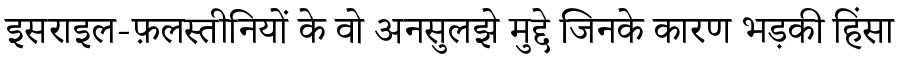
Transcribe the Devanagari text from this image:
इसराइल-फ़लस्तीनियों के वो अनसुलझे मुद्दे जिनके कारण भड़की हिंसा